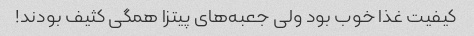
کیفیت غذا خوب بود ولی جعبه‌های پیتزا همگی کثیف بودند!